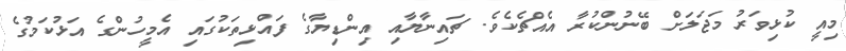
މިއީ ކުޅިވަރު މަޖަލަށް ބޭނުންކުރާ އެއްޗެކެވެ. ޗައިނާޔާއި އިންޑިޔާގެ ފައްޅިތަކުގައި އެމީހުންގެ އަޅުކަމުގެ